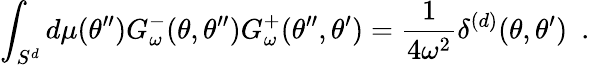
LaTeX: \int_{S^{d}}d\mu(\theta^{\prime\prime})G_{\omega}^{-}(\theta,\theta^{\prime\prime})G_{\omega}^{+}(\theta^{\prime\prime},\theta^{\prime})={\frac{1}{4\omega^{2}}}\delta^{(d)}(\theta,\theta^{\prime})~~.